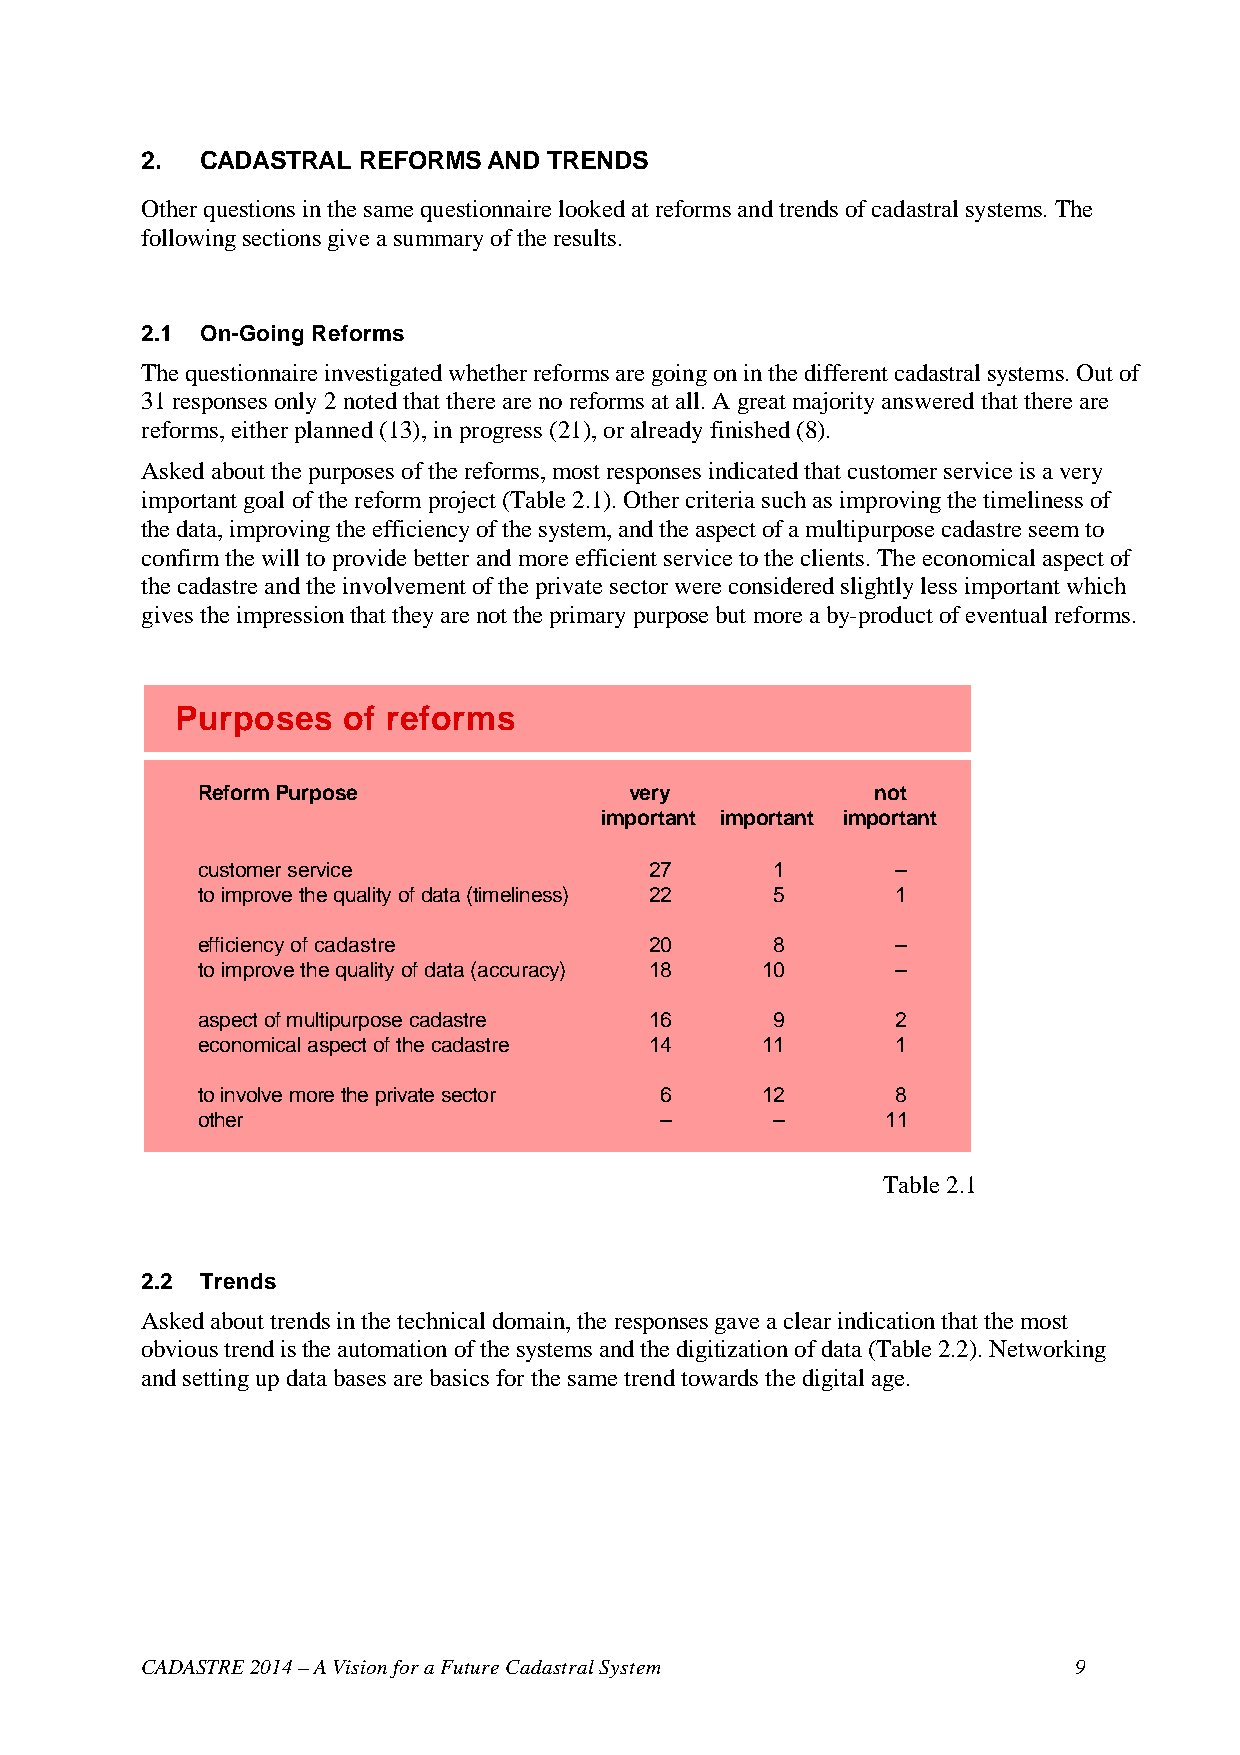
2.  CADASTRAL  REFORMS AND TRENDS
 Other questions in the same questionnaire looked at reforms and trends of cadastral systems. The
 following sections give a summary of the results.
 2.1 On-Going Reforms
 The questionnaire investigated whether reforms are going on in the different cadastral systems. Out of
 31 responses only 2 noted that there are no reforms at all. A great majority answered that there are
 reforms, either planned (13), in progress (21), or already finished (8).
 Asked about the purposes of the reforms, most responses indicated that customer service is a very
 important goal of the reform project (Table 2.1). Other criteria such as improving the timeliness of
 the data, improving the efficiency of the system, and the aspect of a multipurpose cadastre seem to
 confirm the will to provide better and more efficient service to the clients. The economical aspect of
 the cadastre and the involvement of the private sector were considered slightly less important which
 gives the impression that they are not the primary purpose but more a by-product of eventual reforms.
 Purposes   of reforms
 Reform Purpose               very            not
 important important important
 customer service              27      1       –
 to improve the quality of data (timeliness) 22 5 1
 efficiency of cadastre        20      8       –
 to improve the quality of data (accuracy) 18 10 –
 aspect of multipurpose cadastre 16    9       2
 economical aspect of the cadastre 14 11       1
 to involve more the private sector 6 12       8
 other                          –      –       11
 Table 2.1
 2.2 Trends
 Asked about trends in the technical domain, the responses gave a clear indication that the most
 obvious trend is the automation of the systems and the digitization of data (Table 2.2). Networking
 and setting up data bases are basics for the same trend towards the digital age.
 CADASTRE 2014 – A Vision for a Future Cadastral System        9